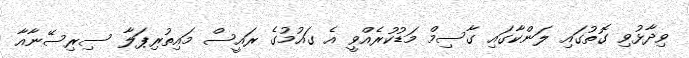
ވިދާޅުވި ގޮތުގައި ލަންކާގައި ގާސިމް މަޑުކުރެއްވީ އެ ގައުމުގެ ރައީސް މައިތުރިޕަލާ ސިރިސޭނާއާ